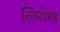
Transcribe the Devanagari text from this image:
लियेख